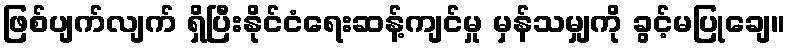
ဖြစ်ပျက်လျက် ရှိပြီးနိုင်ငံရေးဆန့်ကျင်မှု မှန်သမျှကို ခွင့်မပြုချေ။